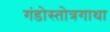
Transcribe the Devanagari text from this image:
गंडोस्तोत्रगाथा